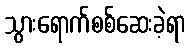
သွားရောက်စစ်ဆေးခဲ့ရာ